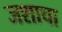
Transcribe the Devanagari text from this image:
जशाचा